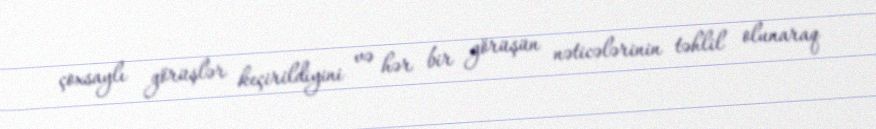
çoxsaylı görüşlər keçirildiyini və hər bir görüşün nəticələrinin təhlil olunaraq